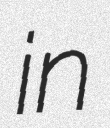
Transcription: in